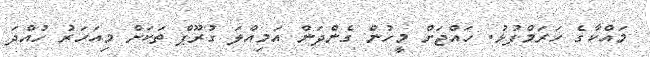
މައްކާގެ ހަރަމްފުޅު. ހައްޖަށް މީހުން ގެންދަން އަމިއްލަ ގުރޫޕް ތަކަށް މިއަހަރު ހުއްދަ